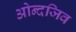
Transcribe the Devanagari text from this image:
ओन्दजिव